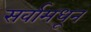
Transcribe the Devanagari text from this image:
सर्वामधून